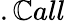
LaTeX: .\mathbb{C}all